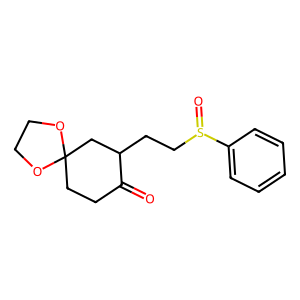
SMILES: O=C1CCC2(CC1CCS(=O)c1ccccc1)OCCO2
Inhibits HIV replication: No